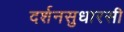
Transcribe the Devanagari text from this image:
दर्शनसुधारसी